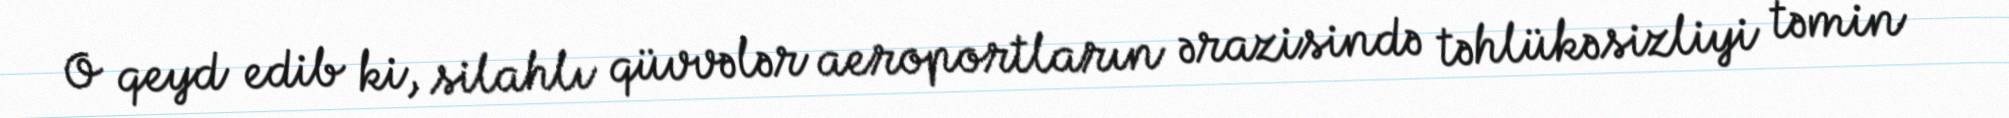
O qeyd edib ki, silahlı qüvvələr aeroportların ərazisində təhlükəsizliyi təmin